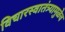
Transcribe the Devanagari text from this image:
विचारस्वातंत्र्यामुळेच